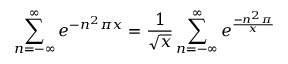
\sum _ { n = - \infty } ^ { \infty } { e ^ { - n ^ { 2 } \pi x } } = { \frac { 1 } { \sqrt { x } } } \sum _ { n = - \infty } ^ { \infty } { e ^ { \frac { - n ^ { 2 } \pi } { x } } }